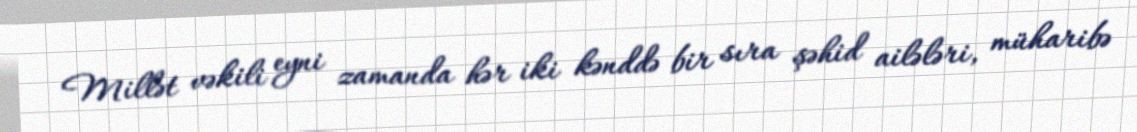
Millət vəkili eyni zamanda hər iki kənddə bir sıra şəhid ailələri, müharibə